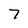
Character: 7